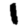
Digit: 1